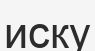
иску